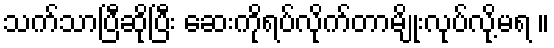
သက်သာပြီဆိုပြီး ဆေးကိုရပ်လိုက်တာမျိုးလုပ်လို့မရ ။